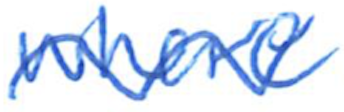
Text: where
Cross-out: wave
Writing tool: ballpoint